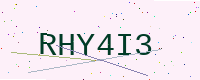
Text: RHY4I3